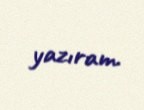
yazıram.